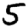
Digit: 5